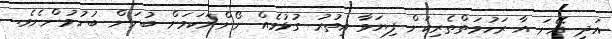
އަދި އޭނަ އާ ރަހުމަތްތެރިކަން ފިޔަވާ އިތުރު ގުޅުމެއް ނޯންނަކަމަށް ބުނަން ބުނުމުންނެވެ.